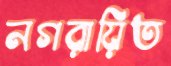
নগরায়িত